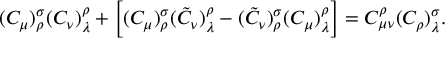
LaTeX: ( C _ { \mu } ) _ { \rho } ^ { \sigma } ( C _ { \nu } ) _ { \lambda } ^ { \rho } + \Big [ ( C _ { \mu } ) _ { \rho } ^ { \sigma } ( \tilde { C } _ { \nu } ) _ { \lambda } ^ { \rho } - ( \tilde { C } _ { \nu } ) _ { \rho } ^ { \sigma } ( C _ { \mu } ) _ { \lambda } ^ { \rho } \Big ] = C _ { \mu \nu } ^ { \rho } ( C _ { \rho } ) _ { \lambda } ^ { \sigma } .